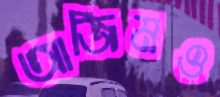
আজিমও